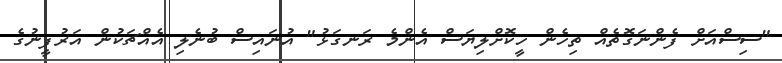
"ސިސްއަށް ފެންނަގޮތެއް ތިހެން ހީކޮށްލިޔަސް އެންމެ ރަނގަޅު" އުނައިސް ބުނެލި އެއްޗަކުން އަރުފީނުގެ